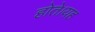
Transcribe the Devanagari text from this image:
होते।यह